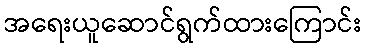
အရေးယူဆောင်ရွက်ထားကြောင်း